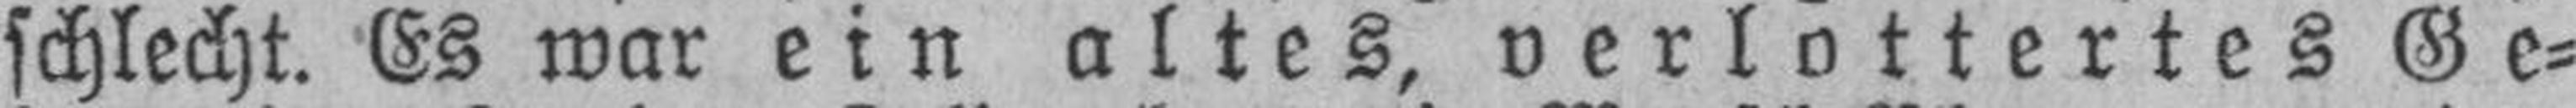
schlecht. Es war ein altes, verlottertes Ge¬